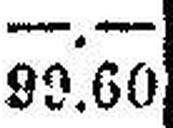
99.60